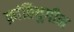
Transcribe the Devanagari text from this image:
क्रांतियुगीन